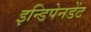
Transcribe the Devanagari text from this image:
इन्डिपेनडेंट